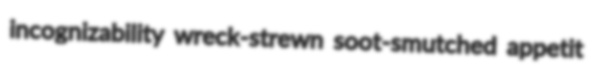
incognizability wreck-strewn soot-smutched appetit